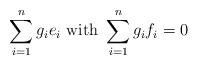
LaTeX: \begin{align*}\sum_{i=1}^n g_i e_i \mbox{ with } \sum_{i=1}^n g_i f_i=0\end{align*}